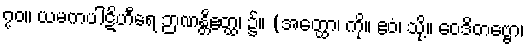
၇၀။ ယမကပါဋိဟီရေ ဉာဏန္တိဧတ္ထ၊ ၌။ (အတ္ထော၊ ကို။ ဧဝံ၊ သို့။ ဝေဒိတဗ္ဗော၊